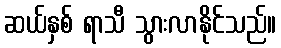
ဆယ်နှစ် ရာသီ သွားလာနိုင်သည်။